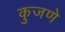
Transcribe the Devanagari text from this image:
कुजणे